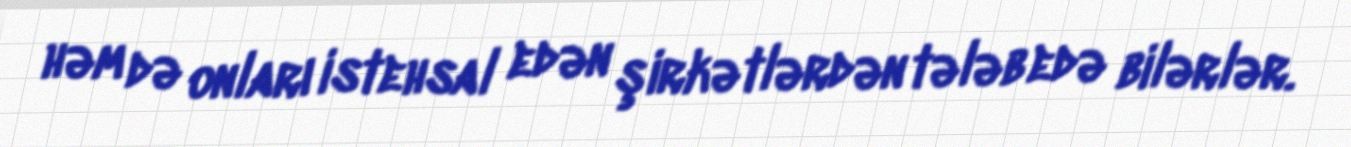
həm də onları istehsal edən şirkətlərdən tələb edə bilərlər.